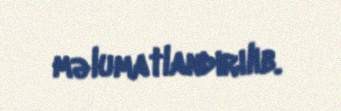
məlumatlandırılıb.